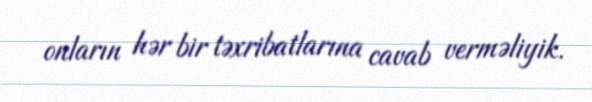
onların hər bir təxribatlarına cavab verməliyik.